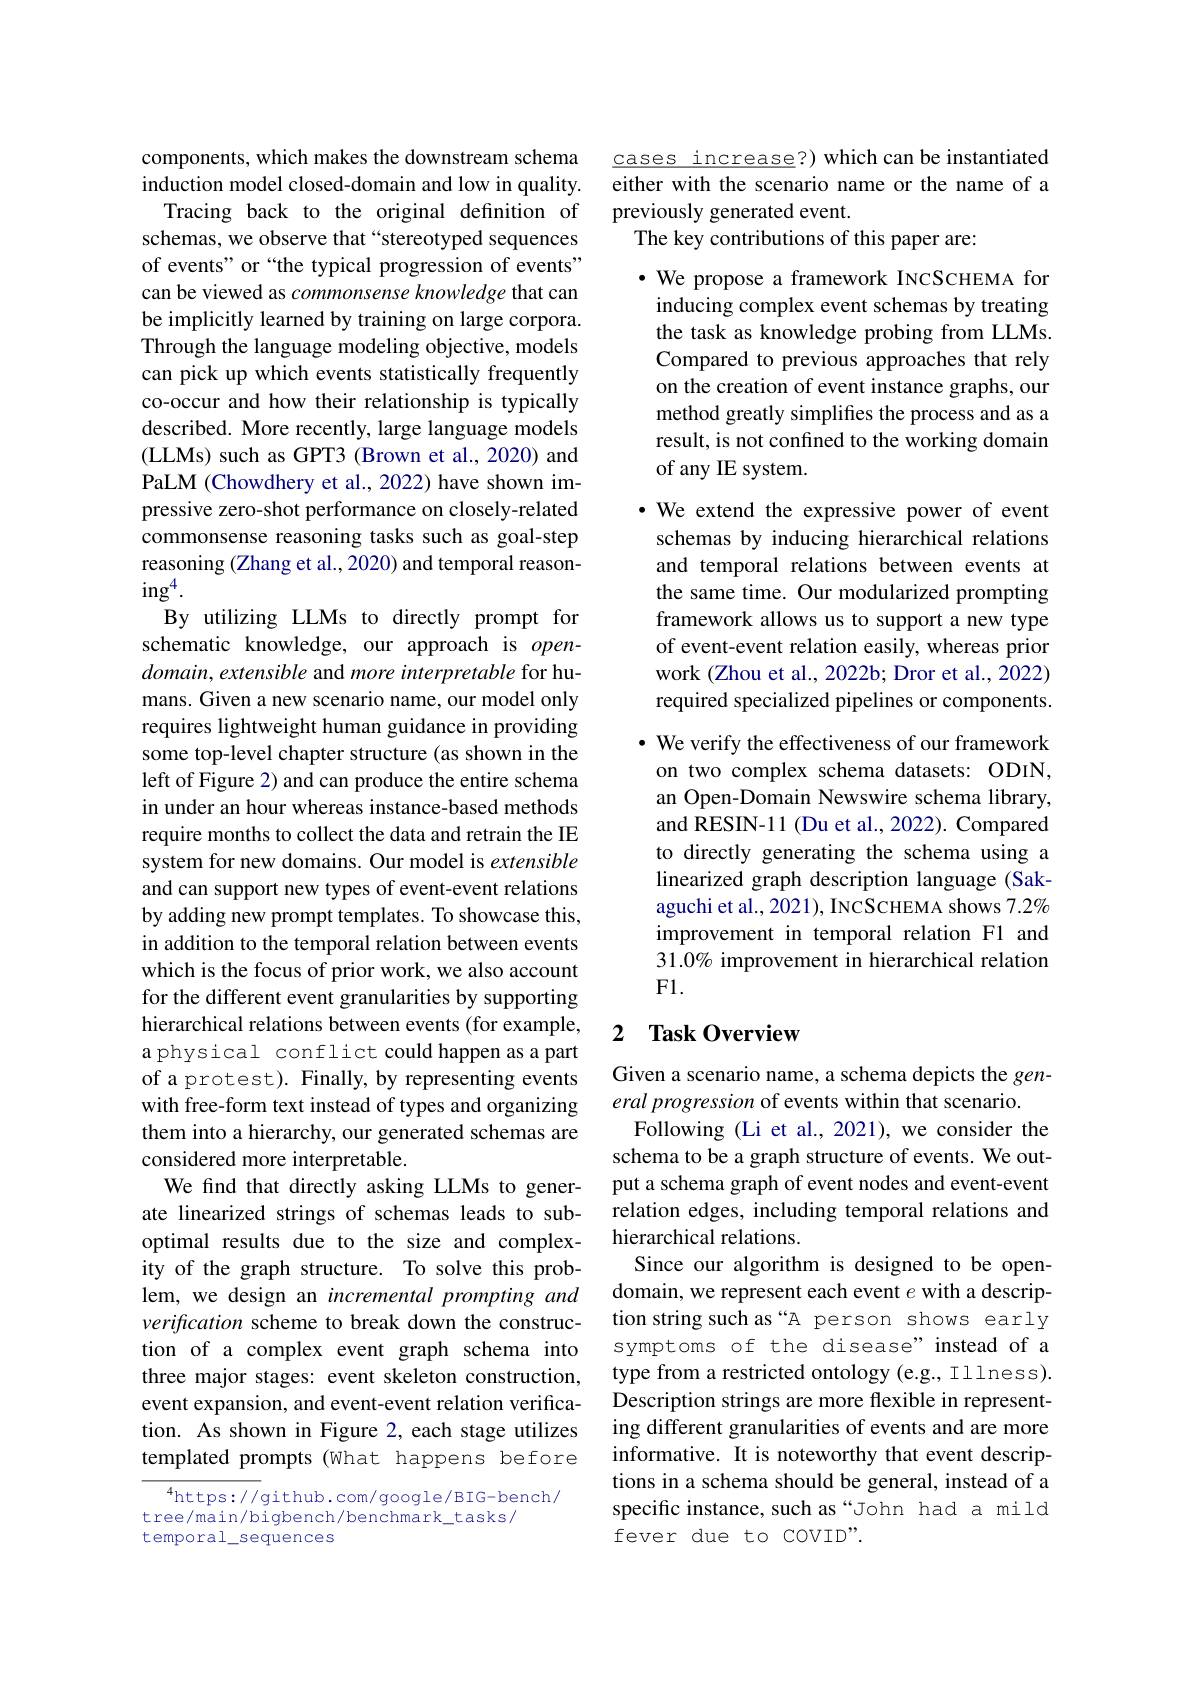
components, which makes the downstream schema induction model closed-domain and low in quality. Tracing back to the original definition of schemas, we observe that “stereotyped sequences of events" or “the typical progression of events” can be viewed as commonsense knowledge that can be implicitly learned by training on large corpora. Through the language modeling objective, models can pick up which events statistically frequently co-occur and how their relationship is typically described. More recently, large language models (LLMs) such as GPT3 (Brown et al., 2020) and PaLM (Chowdhery et al., 2022) have shown impressive zero-shot performance on closely-related commonsense reasoning tasks such as goal-step reasoning (Zhang et al., 2020) and temporal reason- $ing^4.$
By utilizing LLMs to directly prompt for schematic knowledge, our approach is opendomain, extensible and more interpretable for humans. Given a new scenario name, our model only requires lightweight human guidance in providing some top-level chapter structure (as shown in the left of Figure 2) and can produce the entire schema in under an hour whereas instance-based methods require months to collect the data and retrain the IE system for new domains. Our model is extensible and can support new types of event-event relations by adding new prompt templates. To showcase this, in addition to the temporal relation between events which is the focus of prior work, we also account for the different event granularities by supporting hierarchical relations between events (for example, a physical conflict could happen as a part of a protest). Finally, by representing events with free-form text instead of types and organizing them into a hierarchy, our generated schemas are considered more interpretable.
We find that directly asking LLMs to generate linearized strings of schemas leads to suboptimal results due to the size and complexity of the graph structure. To solve this problem, we design an incremental prompting and verification scheme to break down the construction of a complex event graph schema into three major stages: event skeleton construction, event expansion, and event-event relation verification. As shown in Figure 2, each stage utilizes templated prompts (what happens before
$^{4}$https://github.com/google/BIG-bench/

tree/main/bigbench/benchmark\_tasks/
temporal\_sequences

cases increase?)which can be instantiated either with the scenario name or the name of a previously generated event.
The key contributions of this paper are:

·We propose a framework INCSCHEMA for inducing complex event schemas by treating the task as knowledge probing from LLMs. Compared to previous approaches that rely on the creation of event instance graphs, our method greatly simplifies the process and as a result, is not confined to the working domain of any IE system.

·We extend the expressive power of event
schemas by inducing hierarchical relations and temporal relations between events at the same time. Our modularized prompting framework allows us to support a new type of event-event relation easily, whereas prior work (Zhou et al., 2022b; Dror et al., 2022) required specialized pipelines or components. $\cdot$ We verify the effectiveness of our framework on two complex schema datasets: ODIN, an Open-Domain Newswire schema library, and RESIN-11 (Du et al., 2022). Compared to directly generating the schema using a linearized graph description language (Sakaguchi et al., 2021), INCSCHEMA shows $7.2\%$ improvement in temporal relation F1 and 31.0% improvement in hierarchical relation Fl.

## 2 $\textbf{Task Overview}$

Given a scenario name, a schema depicts the gen-
eral progression of events within that scenario.
Following (Li et al., 2021), we consider the schema to be a graph structure of events. We output a schema graph of event nodes and event-event relation edges, including temporal relations and hierarchical relations.
Since our algorithm is designed to be opendomain, we represent each event $e$ with a description string such as“A person shows early symptoms of the disease" instead of a type from a restricted ontology (e.g., Illness). Description strings are more flexible in representing different granularities of events and are more informative. It is noteworthy that event descriptions in a schema should be general, instead of a specific instance, such as“John had a mild fever due to covin".